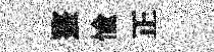
螯愉正